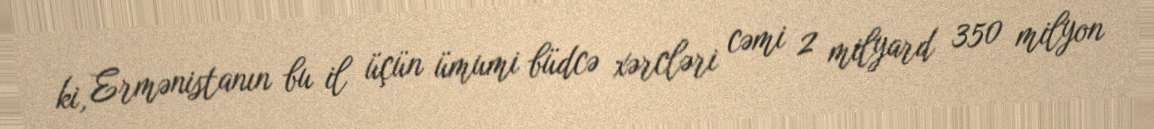
ki, Ermənistanın bu il üçün ümumi büdcə xərcləri cəmi 2 milyard 350 milyon